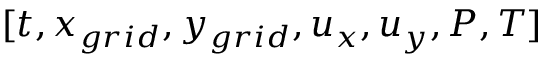
[ t , { x _ { g r i d } } , { y _ { g r i d } } , { u _ { x } } , { u _ { y } } , P , T ]